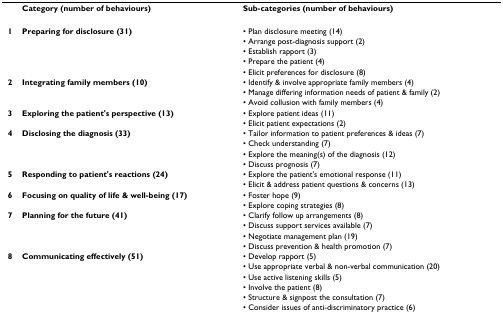
<table><thead><tr><td></td><td><b>Category (number of behaviours)</b></td><td><b>Sub-categories (number of behaviours)</b></td></tr></thead><tbody><tr><td><b>1</b></td><td><b>Preparing for disclosure (31)</b></td><td>• Plan disclosure meeting (14)</td></tr><tr><td></td><td></td><td>• Arrange post-diagnosis support (2)</td></tr><tr><td></td><td></td><td>• Establish rapport (3)</td></tr><tr><td></td><td></td><td>• Prepare the patient (4)</td></tr><tr><td></td><td></td><td>• Elicit preferences for disclosure (8)</td></tr><tr><td><b>2</b></td><td><b>Integrating family members (10)</b></td><td>• Identify &amp; involve appropriate family members (4)</td></tr><tr><td></td><td></td><td>• Manage differing information needs of patient &amp; family (2)</td></tr><tr><td></td><td></td><td>• Avoid collusion with family members (4)</td></tr><tr><td><b>3</b></td><td><b>Exploring the patient&#x27;s perspective (13)</b></td><td>• Explore patient ideas (11)</td></tr><tr><td></td><td></td><td>• Elicit patient expectations (2)</td></tr><tr><td><b>4</b></td><td><b>Disclosing the diagnosis (33)</b></td><td>• Tailor information to patient preferences &amp; ideas (7)</td></tr><tr><td></td><td></td><td>• Check understanding (7)</td></tr><tr><td></td><td></td><td>• Explore the meaning(s) of the diagnosis (12)</td></tr><tr><td></td><td></td><td>• Discuss prognosis (7)</td></tr><tr><td><b>5</b></td><td><b>Responding to patient&#x27;s reactions (24)</b></td><td>• Explore the patient&#x27;s emotional response (11)</td></tr><tr><td></td><td></td><td>• Elicit &amp; address patient questions &amp; concerns (13)</td></tr><tr><td><b>6</b></td><td><b>Focusing on quality of life &amp; well-being (17)</b></td><td>• Foster hope (9)</td></tr><tr><td></td><td></td><td>• Explore coping strategies (8)</td></tr><tr><td><b>7</b></td><td><b>Planning for the future (41)</b></td><td>• Clarify follow up arrangements (8)</td></tr><tr><td></td><td></td><td>• Discuss support services available (7)</td></tr><tr><td></td><td></td><td>• Negotiate management plan (19)</td></tr><tr><td></td><td></td><td>• Discuss prevention &amp; health promotion (7)</td></tr><tr><td><b>8</b></td><td><b>Communicating effectively (51)</b></td><td>• Develop rapport (5)</td></tr><tr><td></td><td></td><td>• Use appropriate verbal &amp; non-verbal communication (20)</td></tr><tr><td></td><td></td><td>• Use active listening skills (5)</td></tr><tr><td></td><td></td><td>• Involve the patient (8)</td></tr><tr><td></td><td></td><td>• Structure &amp; signpost the consultation (7)</td></tr><tr><td></td><td></td><td>• Consider issues of anti-discriminatory practice (6)</td></tr></tbody></table>